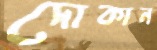
দোকান